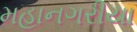
મહાનગરીયા